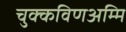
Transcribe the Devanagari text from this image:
चुक्कविणअम्मि